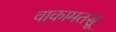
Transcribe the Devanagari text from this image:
वाकामतसू